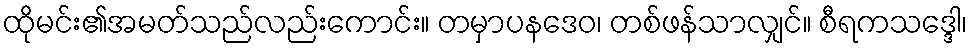
ထိုမင်း၏အမတ်သည်လည်းကောင်း။ တမှာပနဒေဝ၊ တစ်ဖန်သာလျှင်။ စီရကသဒ္ဒေါ၊